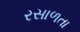
રસાળતા